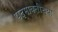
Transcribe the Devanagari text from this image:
पद्मावतीच्या